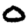
Digit: 0